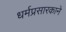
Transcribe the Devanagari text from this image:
धर्मप्रसारकाने